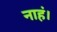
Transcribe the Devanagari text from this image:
नाहं।